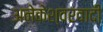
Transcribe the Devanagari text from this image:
अनेकेश्वरवादी